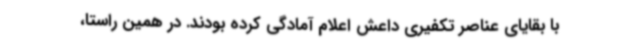
با بقایای عناصر تکفیری داعش اعلام آمادگی کرده بودند. در همین راستا،